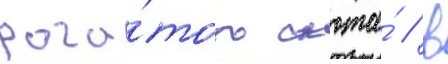
рога́того скота́ / в